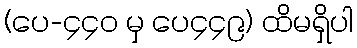
(ပေ-၄၄၀ မှ ပေ၄၄၉) ထိမရှိပါ